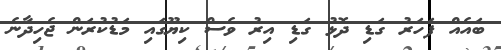
ބައެއް ފަހަރު ގަޑި ދޮޅު ގަޑި އިރު ވެސް ކިޔޫގައި މަޑުކުރަން ޖެހިދާނެ